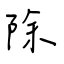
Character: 除